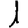
Digit: 1